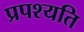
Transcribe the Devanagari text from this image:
प्रपश्यति